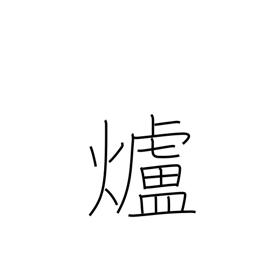
Meaning: fireplace